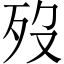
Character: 歿